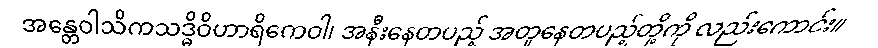
အန္တေဝါသိကသဒ္ဓိဝိဟာရိကေဝါ၊ အနီးနေတပည့် အတူနေတပည့်တို့ကို လည်းကောင်း။